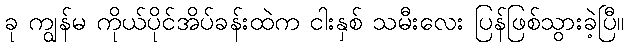
ခု ကျွန်မ ကိုယ်ပိုင်အိပ်ခန်းထဲက ငါးနှစ် သမီးလေး ပြန်ဖြစ်သွားခဲ့ပြီ။